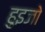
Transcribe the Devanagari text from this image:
हुइजो